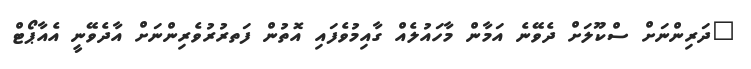
"ދަރިންނަށް ސްކޫލަށް ދެވޭނެ އަމާން މާހައުލެއް ގާއިމުވެފައި އޮތުން ފަތރުރުވެރިންނަށް އާދެވޭނީ އެއާޕޯޓް